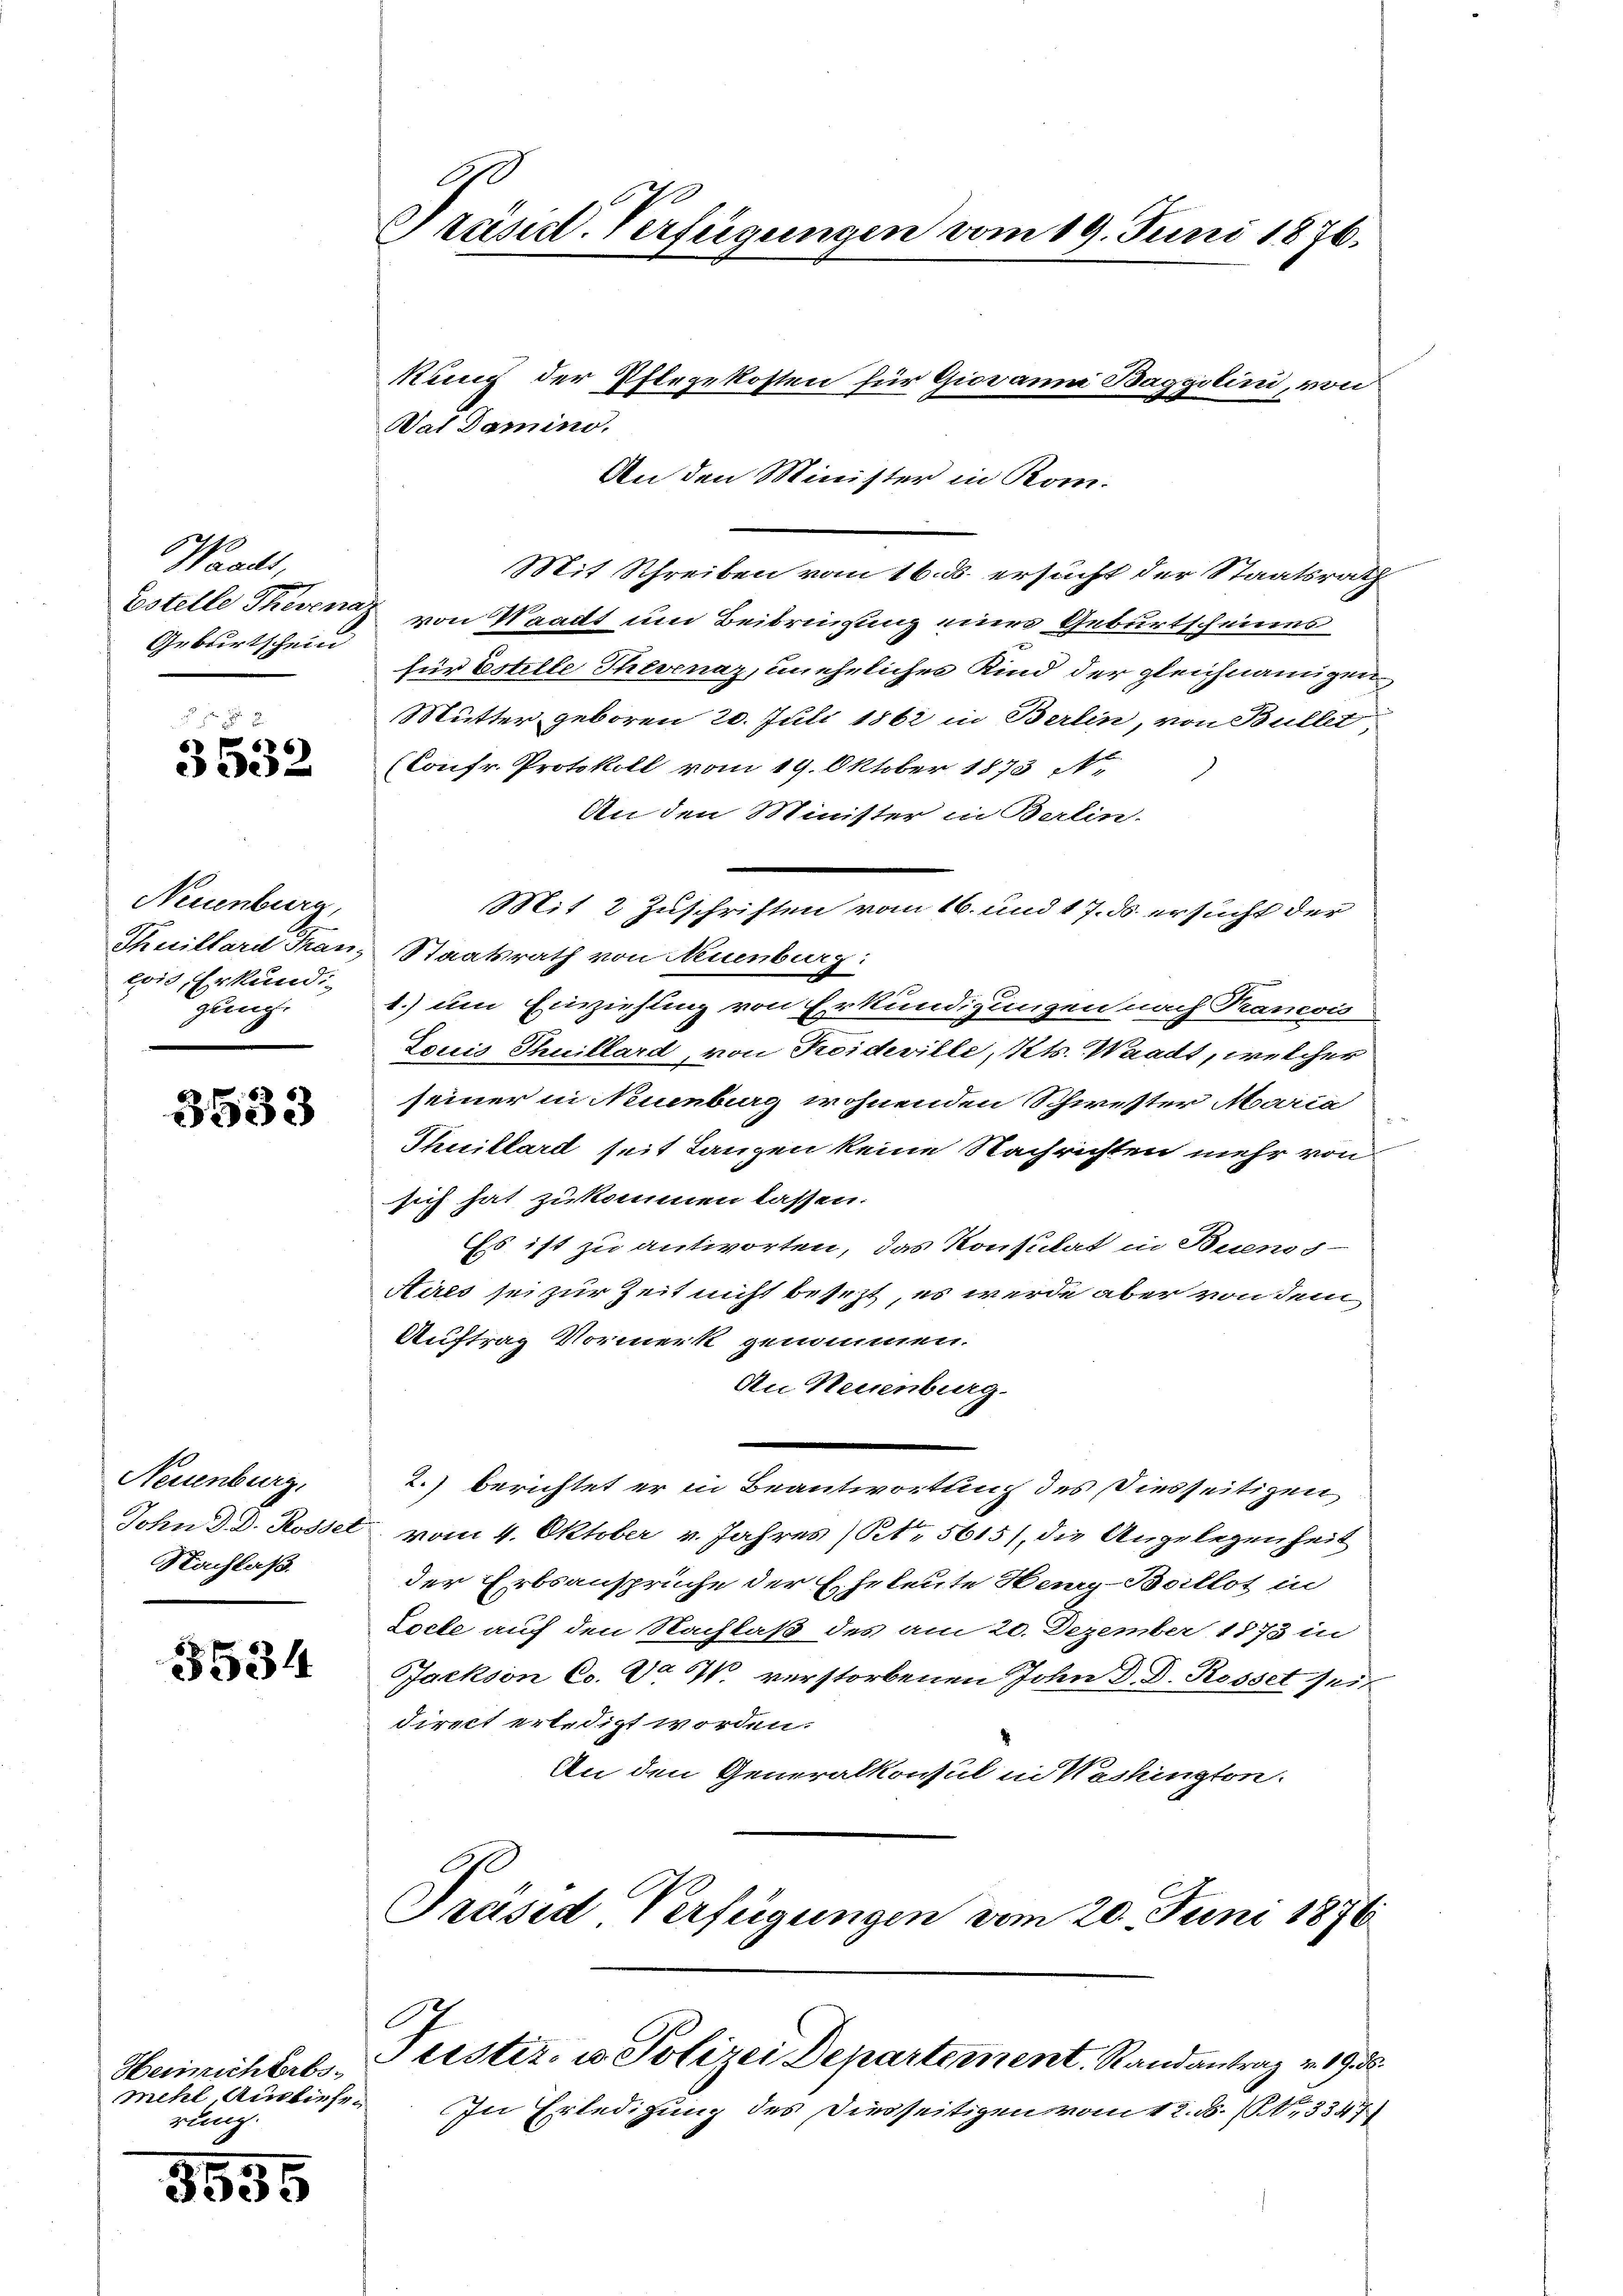
Waadt,
Geburtschein

3532.

Neuenburg,
Thuillard Man,
eois Erkundi
gung.

3533

Neuenburg,
John D. D. Rosset
Nachlaß.

5534

Heinrichtrbsmehl, Ausliefegehung

3535

A
Präsidt-Verfügungen vom 19. Juni 1876.

Val Damino.

An den Minister in Rom.
Mit Schreiben vom 16. ds. ersucht der Staatsrath
Estelle Therena von Waadt um Beibringung eines Geburtscheines
für Estelle Thevenaz, uneheliches Kind der gleichnamigen
Mutter geboren 20. Juli 1861 in Berlin, von Bullet,
(Confr. Protokoll vom 19. Oktober 1873
An den Minister in Berlin-
Mit 2 Zuschriften vom 16. und 17. ds. ersucht der
Staatsrath von Neuenburg:
1.) um Einziehung von Erkundigungen nach Kramois
Louis Thuillard, von Troideville, Kts. Waadt, welcher
seiner in Neuenburg wohnenden Schwester Maria
Thuillard seit Lanzen keine Nachrichten mehr von
sich hat zukommen lassen.
Es ist zu antworten, das Konsulat in Buenos-
Aires sei zur Zeit nicht besezt, es werde aber von dem
Auftrag Vormerk genommen.
An Neuenburg.
—
2.) berichtet er in Beantwortung des Diesseitigen
vom 4. Oktober v. Jahres (S. 5615), die Angelegenheit
der Erbsansprüche der Eheleute Henry-Boillot in
Locte auf den Nachlaß des am 20. Dezember 1873 in
Jackson Co. Da W. verstorbenen John D. D. Rosset seit
direct erledigt worden.
An den Generalkonsul in Weshington.
Präsid Verfügungen vom 20. Juni 1876

kung der Pflegekosten für Giovanna Baggilini, von

C
Justiz- u. Polizei Departement. Randantrag v. 19. 28

In Erledigung des Diesseitigen vom 12. B. (Nr. 3347